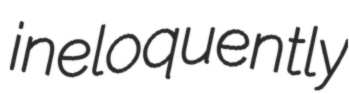
ineloquently